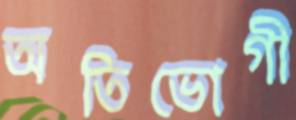
অতিভোগী